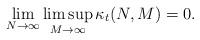
LaTeX: \begin{align*}\lim_{N\rightarrow\infty}\limsup_{M\rightarrow\infty }\kappa_t(N,M)=0.\end{align*}